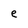
Character: e